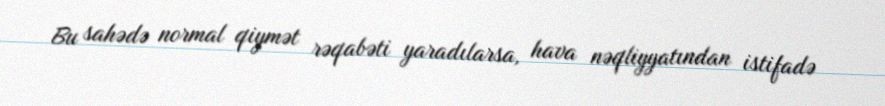
Bu sahədə normal qiymət rəqabəti yaradılarsa, hava nəqliyyatından istifadə